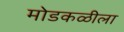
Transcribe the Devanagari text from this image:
मोडकळीला